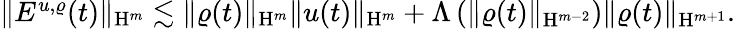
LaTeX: \begin{array}{r}{\Vert E^{u,\varrho}(t)\Vert_{\mathrm{H}^{m}}\lesssim\Vert\varrho(t)\Vert_{\mathrm{H}^{m}}\Vert u(t)\Vert_{\mathrm{H}^{m}}+\Lambda\left(\Vert\varrho(t)\Vert_{\mathrm{H}^{m-2}}\right)\Vert\varrho(t)\Vert_{\mathrm{H}^{m+1}}.}\end{array}